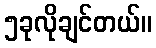
၅ခုလိုချင်တယ်။